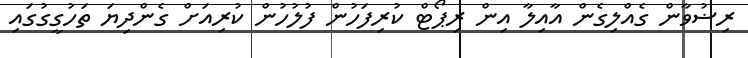
ރިޟުވާން ގެއްލިގެން އާއިލާ އިން ރިޕޯޓް ކުރިފަހުން ފުލުހުން ކުރިއަށް ގެންދިޔަ ތަހުގީގުގައި